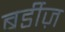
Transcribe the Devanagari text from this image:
बर्डीज़